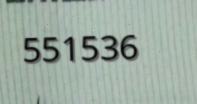
551536